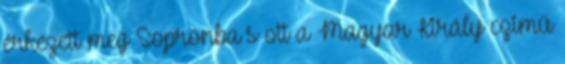
érkezett meg Sopronba s ott a Magyar Király czimü